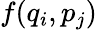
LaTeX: f(q_{i},p_{j})